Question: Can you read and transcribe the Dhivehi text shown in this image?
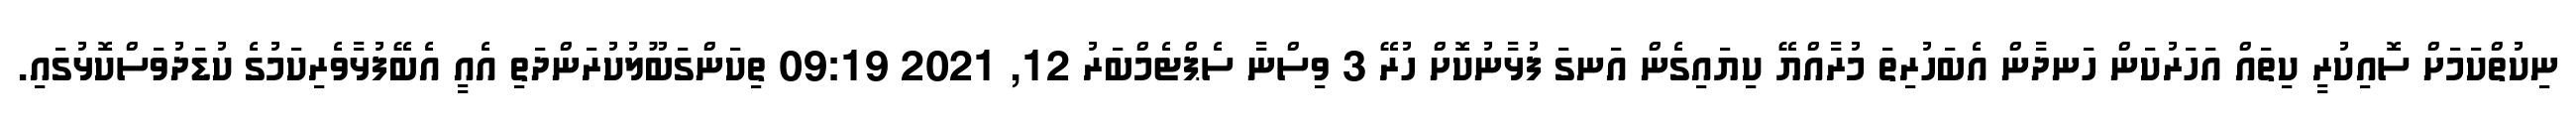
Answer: ނިކުތްކަމަށް ސޮއިކުރީ ކިތައް އަހަރުކަން ހަނދާން އެބަހުރިތަ މުރާއްޔޭ ކިޔައިގެން އަނގަ ފުޅާނުކޮށް ހުރޭ 3 ވިސްނާ ސެޕްޓެމްބަރު 12, 2021 09:19 ތިކަންގަބޫލުކުރަންދަތި އެއީ އެބޭފުޅާވެރިކަމުގެ ކުޑަދުވަސްކޮޅުގައި.